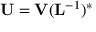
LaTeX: \mathbf { U } = \mathbf { V } ( \mathbf { L } ^ { - 1 } ) ^ { * }